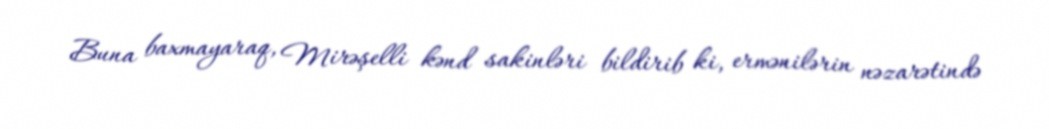
Buna baxmayaraq, Mirəşelli kənd sakinləri bildirib ki, ermənilərin nəzarətində